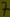
Text: 7